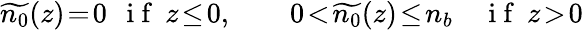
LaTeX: \widetilde{n_{0}}(z)\! =\! 0\: \: \mathrm{~i~f~}\: z\! \le\! 0,\qquad 0\! <\! \widetilde{n_{0}}(z)\! \le\! n_{b}\quad\mathrm{~i~f~}\: z\! >\! 0